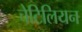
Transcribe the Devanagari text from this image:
चेटिलियन